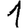
Digit: 1